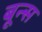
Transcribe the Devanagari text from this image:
बून्स